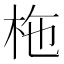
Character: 柂